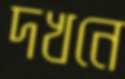
দখনে